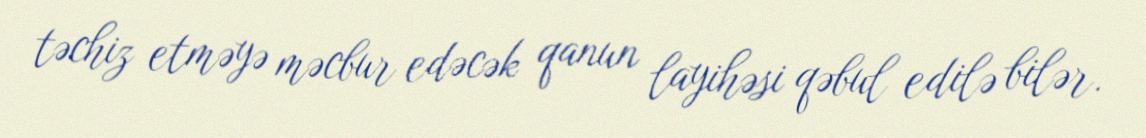
təchiz etməyə məcbur edəcək qanun layihəsi qəbul edilə bilər.